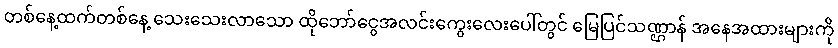
တစ်နေ့ထက်တစ်နေ့ သေးသေးလာသော ထိုဘော်ငွေအလင်းကွေးလေးပေါ်တွင် မြေပြင်သဏ္ဌာန် အနေအထားများကို